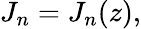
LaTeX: J_{n}=J_{n}(z),